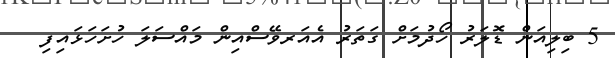
5 ބިލިއަން ޑޮލަރު ހޯދުމަށް ގަތަރު އެއަރވޭސްއިން މައްސަލަ ހުށަހަޅައިފި